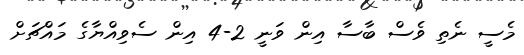
މެސީ ނެތި ވެސް ބާސާ އިން ވަނީ 2-4 އިން ސެވިއްޔާގެ މައްޗަށް